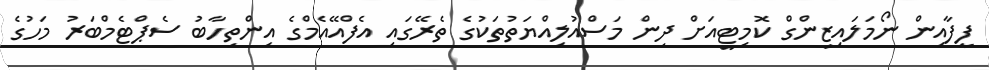
ފީފާއިން ނޯމަލައިޒިންގް ކޮމިޓީއަށް ދިން މަސްއުލިއްޔަތުތަކުގެ ތެރޭގައި އެފްއޭއެމްގެ އިންތިހާބު ސެޕްޓެމްބަރު މަހުގެ